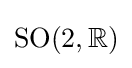
\operatorname {SO} (2,\mathbb {R} )